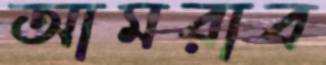
আমরাব